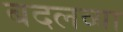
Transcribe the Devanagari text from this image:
बदलव्या